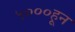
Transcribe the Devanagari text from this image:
५०००हून